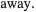
away.